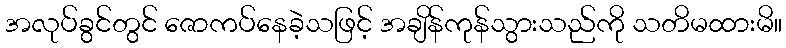
အလုပ်ခွင်တွင် ဇောကပ်နေခဲ့သဖြင့် အချိန်ကုန်သွားသည်ကို သတိမထားမိ။